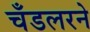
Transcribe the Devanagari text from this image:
चँडलरने